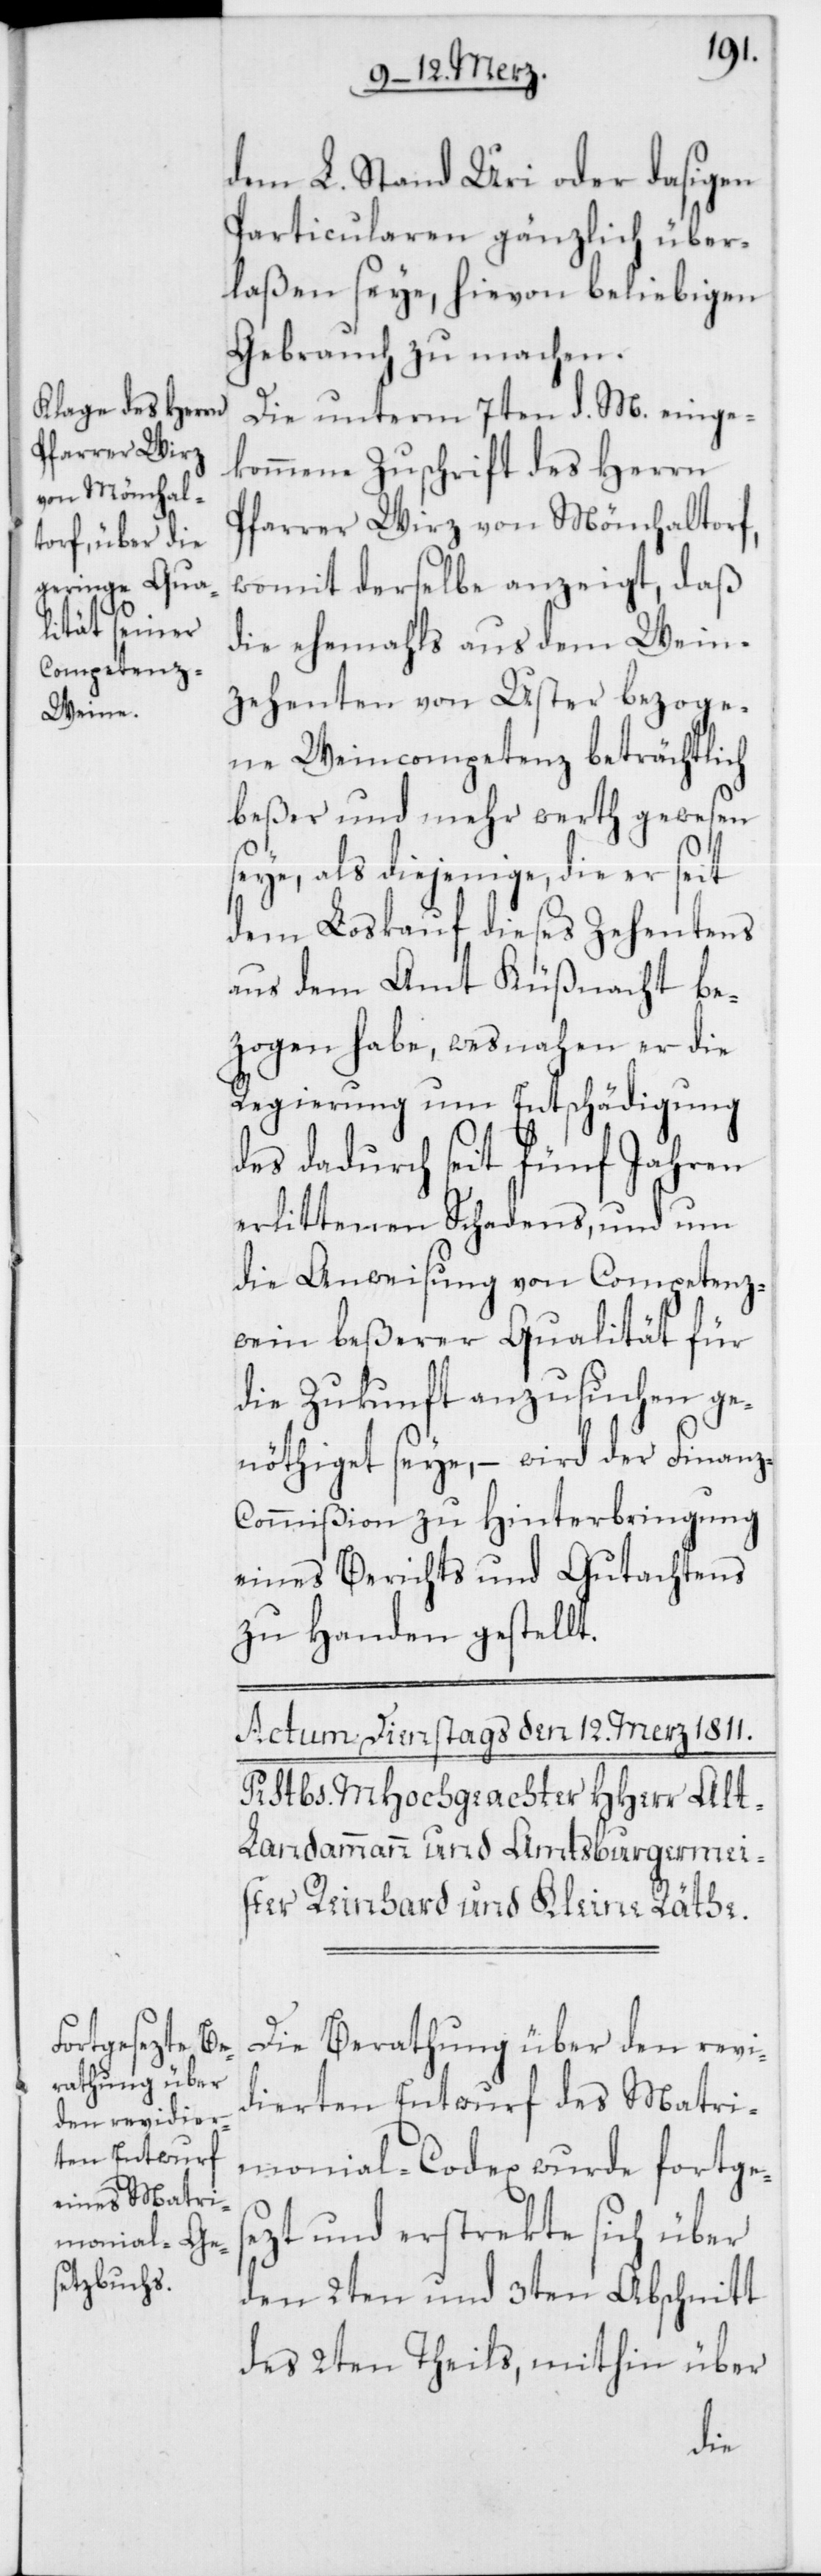
dem L. Stand Uri oder dasigen
Particularen gänzlich über¬
laßen seye, hievon beliebigen
Gebrauch zu machen.
Die unterm 7ten d. M. einge¬
kommene Zuschrift des Herrn
Pfarrer Wirz von Mönchaltorf,
womit derselbe anzeigt, daß
die ehemahls aus dem Wein¬
zehenten von Uster bezoge¬
ne Weincompetenz beträchtlich
beßer und mehr werth gewesen
seye, als diejenige, die er seit
dem Loskauf dieses Zehentens
aus dem Amt Küßnacht be¬
zogen habe, wesnahen er die
Regierung um Entschädigung
des dadurch seit fünf Jahren
erlittenen Schadens, und um
die Anweisung von Competenz¬
wein beßerer Qualität für
die Zukunft anzusuchen ge¬
nöthiget seye, – wird der Finanz-C¬
ommißion zu Hinterbringung
eines Berichts und Gutachtens
zu Handen gestellt.
Die Berathung über den revi¬
dierten Entwurf des Matri¬
monial-Codex wurde fortges¬
ezt und erstrekte sich über
den 2ten und 3ten Abschnitt
des 2ten Theils, mithin über